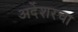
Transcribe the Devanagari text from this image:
अर्देशरचा